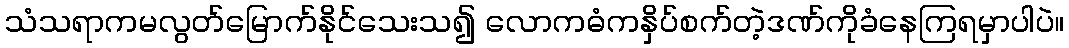
သံသရာကမလွတ်မြောက်နိုင်သေးသ၍ လောကဓံကနှိပ်စက်တဲ့ဒဏ်ကိုခံနေကြရမှာပါပဲ။